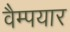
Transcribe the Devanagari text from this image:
वैम्पयार